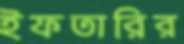
ইফতারির